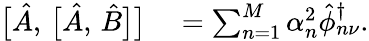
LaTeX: \begin{array}{rl}{\bigl[\hat{A},\, \bigl[\hat{A},\, \hat{B}\bigr]\bigr]}&{{}=\sum_{n=1}^{M}\alpha_{n}^{2}\hat{\phi}_{n\nu}^{\dagger}.}\end{array}